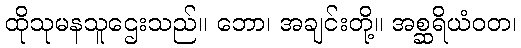
ထိုသုမနသူဌေးသည်။ ဘော၊ အချင်းတို့။ အစ္ဆရိယံဝတ၊